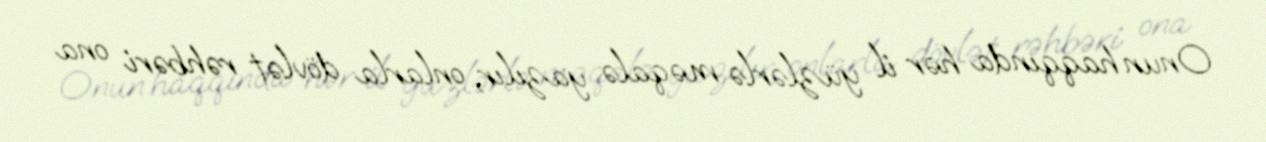
Onun haqqında hər il yüzlərlə məqalə yazılır, onlarla dövlət rəhbəri ona